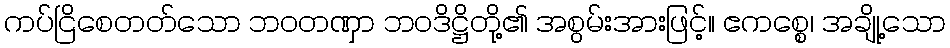
ကပ်ငြိစေတတ်သော ဘဝတဏှာ ဘဝဒိဋ္ဌိတို့၏ အစွမ်းအားဖြင့်။ ဧကစ္စေ၊ အချို့သော